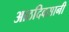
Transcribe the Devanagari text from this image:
आठदिवसानी